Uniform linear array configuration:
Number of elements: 16
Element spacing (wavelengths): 0.5
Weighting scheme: uniform
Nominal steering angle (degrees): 0
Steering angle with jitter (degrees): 1.879
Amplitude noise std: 0.05
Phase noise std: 0.05

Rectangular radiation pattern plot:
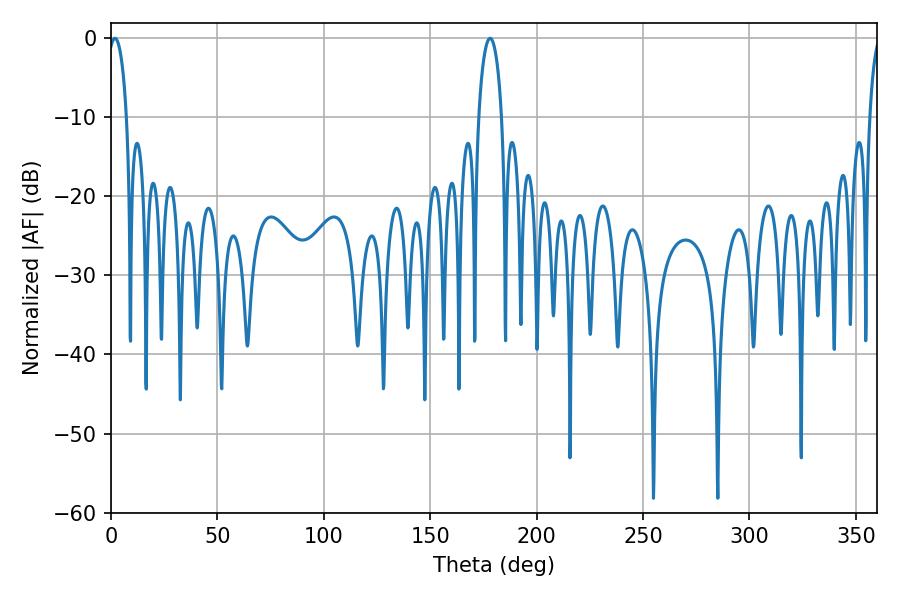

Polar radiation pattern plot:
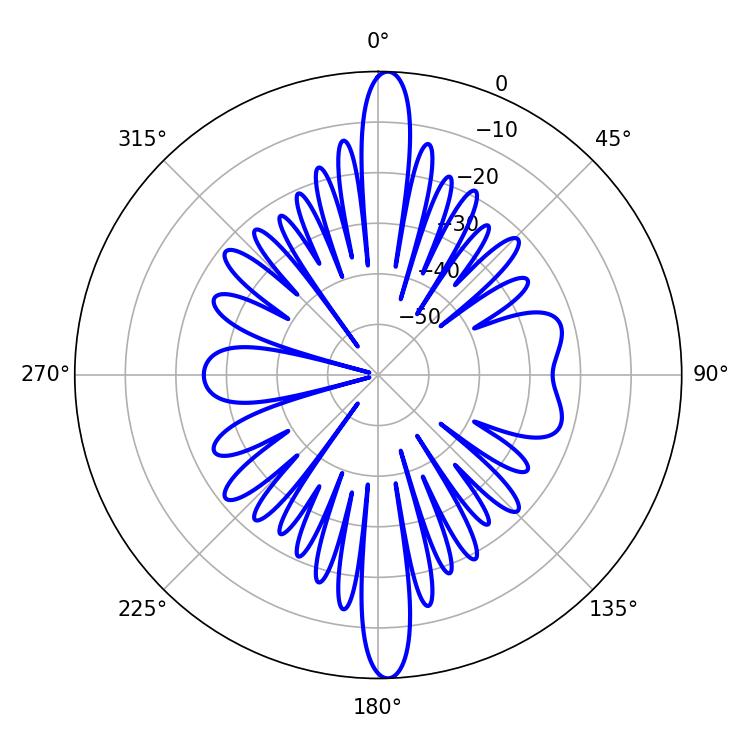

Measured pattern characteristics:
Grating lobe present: FALSE
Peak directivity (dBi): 23.367
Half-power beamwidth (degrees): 5.04
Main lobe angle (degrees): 1.8